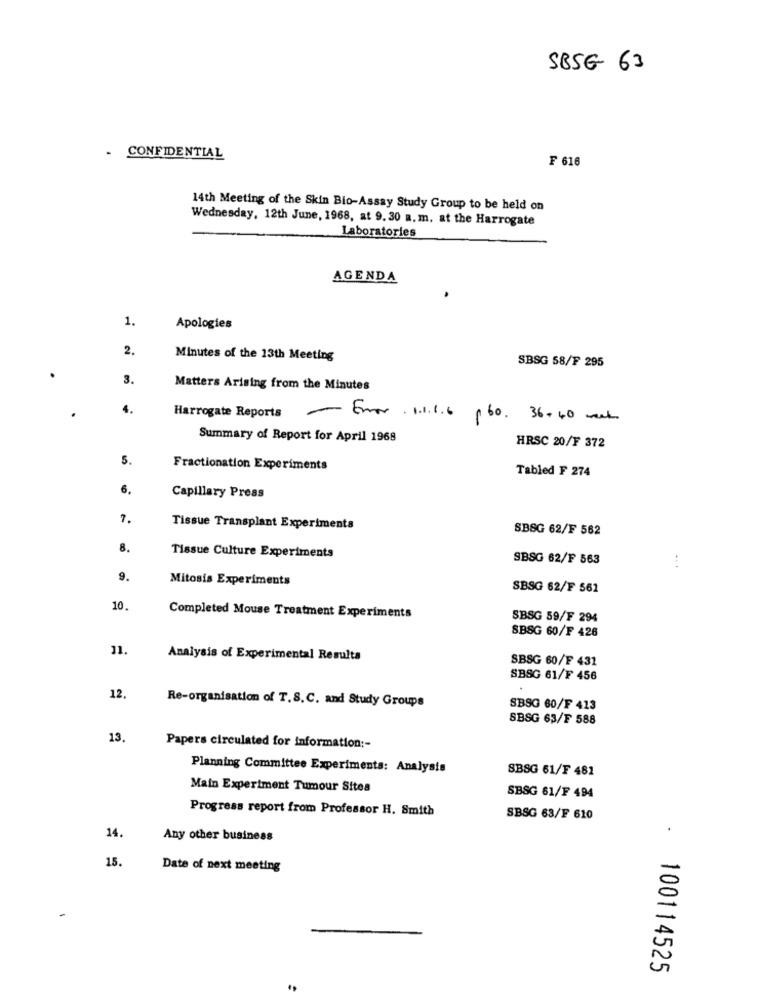
SBSG 63
- CONFIDENTIAL
₣ 616
14th Meeting of the Skin Bio-Assay Study Group to be held on
Wednesday, 12th June, 1968, at 9.30 a. m. at the Harrogate
Laboratories
AGENDA
1.
Apologies
2.
Minutes of the 13th Meeting
SBSG 58/F 295
3.
Matters Arising from the Minutes
4.
Harrogate Reports
- Error . 1.1.1.6 (60, 36+ 40 week
Summary of Report for April 1968
HRSC 20/F 372
5.
Fractionation Experiments
Tabled F 274
6.
Capillary Press
7.
Tissue Transplant Experiments
SBSG 62/F 562
8.
Tissue Culture Experiments
SBSG 62/F 563
9.
Mitosis Experiments
SBSG 62/F 561
10.
Completed Mouse Treatment Experiments
SBSG 59/F 294
SBSG 60/F 426
11.
Analysis of Experimental Resulta
SBSG 60/F 431
SBSG 61/F 456
12.
Re-organisation of T.S. C. and Study Groups
SBSG 60/F 413
SBSG 63/F 588
13.
Papers circulated for information ;-
Planning Committee Experiments: Analysis
SBSG 61/F 482
Main Experiment Tumour Sites
SBSG 61/F 494
Progress report from Professor H. Smith
SBSG 63/F 610
14.
Any other business
15.
Date of next meeting
100114525